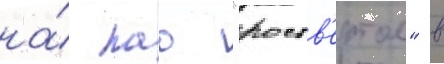
на́ пао "роств'ертол" в